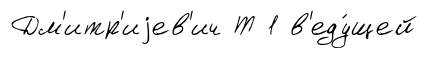
Дм'итр'иjев'ич Т 1 в'еду́щей